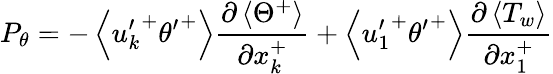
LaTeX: P_{\theta}=-\left<{u_{k}^{\prime}}^{+}{\theta^{\prime}}^{+}\right>\frac{\partial\left<{\Theta}^{+}\right>}{\partial x_{k}^{+}}+\left<{u_{1}^{\prime}}^{+}{\theta^{\prime}}^{+}\right>\frac{\partial\left<T_{w}\right>}{\partial x_{1}^{+}}